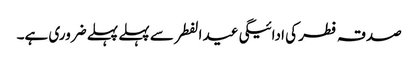
صدقہ فطر کی ادائیگی عید الفطر سے پہلے پہلے ضروری ہے۔